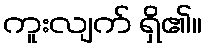
ကူးလျက် ရှိ၏။